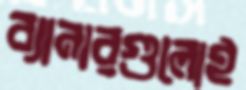
ব্যানারগুলোই